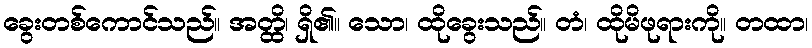
ခွေးတစ်ကောင်သည်။ အတ္ထိ၊ ရှိ၏။ သော၊ ထိုခွေးသည်။ တံ၊ ထိုမိဖုရားကို။ တထာ၊